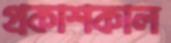
প্রকাশকাল